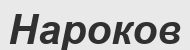
Нароков